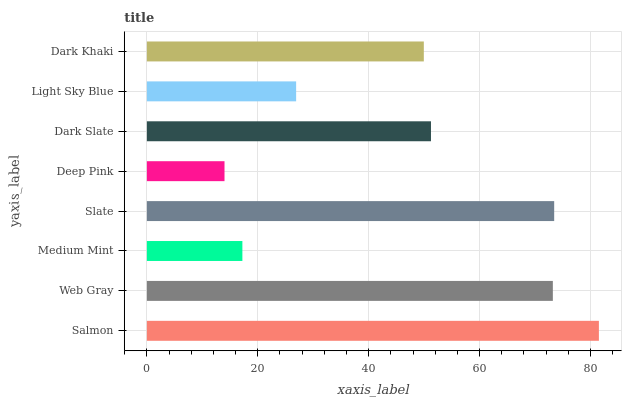
| yaxis_label | bars |
 | --- | --- |
 | Salmon | 81.5 |
 | Web Gray | 73.2 |
 | Medium Mint | 17.2 |
 | Slate | 73.5 |
 | Deep Pink | 14 |
 | Dark Slate | 51.2 |
 | Light Sky Blue | 26.9 |
 | Dark Khaki | 49.9 |